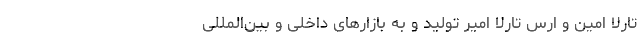
تارلا امین و ارس تارلا امیر تولید و به بازارهای داخلی و بین‌المللی